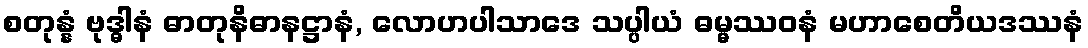
စတုန္နံ ဗုဒ္ဓါနံ ဓာတုနိဓာနဋ္ဌာနံ, လောဟပါသာဒေ သပ္ပါယံ ဓမ္မဿဝနံ မဟာစေတိယဒဿနံ